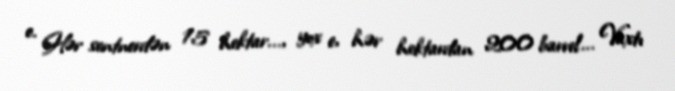
e. Hər sentnerdən 15 hektar..., yox e, hər hektardan 200 barrel... Vaxtı